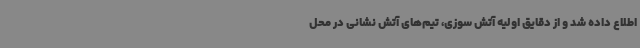
اطلاع داده شد و از دقایق اولیه آتش سوزی، تیم‌های آتش نشانی در محل